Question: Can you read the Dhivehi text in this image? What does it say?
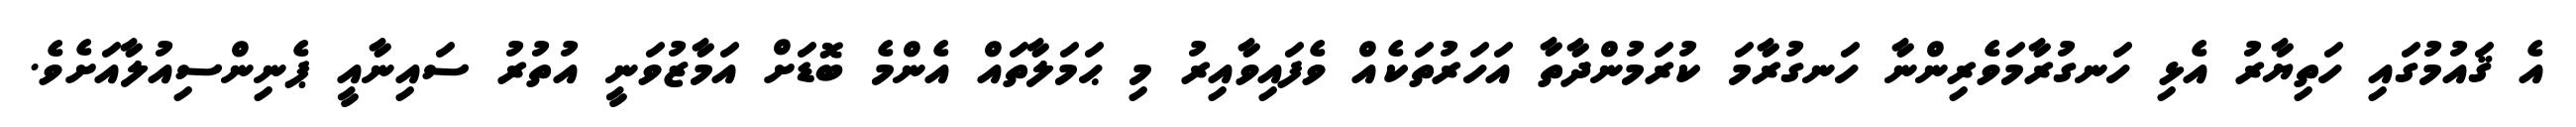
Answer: އެ ޤައުމުގައި ހަތިޔާރު އެޅި ހަނގުރާމަވެރިންނާ ހަނގުރާމަ ކުރަމުންދާތާ އަހަރުތަކެއް ވެފައިވާއިރު މި ޙަމަލާތައް އެންމެ ބޮޑަށް އަމާޒުވަނީ އުތުރު ސައިނާއީ ޕެނިންސިއުލާއަށެވެ.